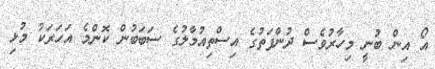
އޯ އިން ބުނީ މިހާރުވެސް ދުންފަތުގެ އިސްތިއުމާލުގެ ސަބަބުން ކޮންމެ އަހަރަކު މުޅި